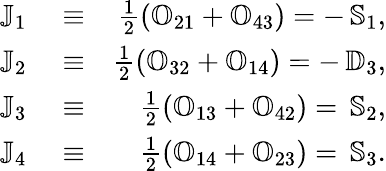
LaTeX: \begin{array}{rlr}{{\mathbb J}_{1}}&{{}\equiv}&{\frac{1}{2}\left({\mathbb O}_{21}+{\mathbb O}_{43}\right)=-\, {\mathbb S}_{1},}\\ {{\mathbb J}_{2}}&{{}\equiv}&{\frac{1}{2}\left({\mathbb O}_{32}+{\mathbb O}_{14}\right)=-\, {\mathbb D}_{3},}\\ {{\mathbb J}_{3}}&{{}\equiv}&{\frac{1}{2}\left({\mathbb O}_{13}+{\mathbb O}_{42}\right)=\, {\mathbb S}_{2},}\\ {{\mathbb J}_{4}}&{{}\equiv}&{\frac{1}{2}\left({\mathbb O}_{14}+{\mathbb O}_{23}\right)=\, {\mathbb S}_{3}.}\end{array}